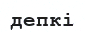
депкі